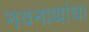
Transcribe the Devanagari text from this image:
नवनाथांचा